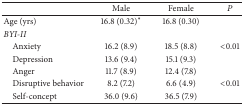
<table><thead><tr><td><b> </b></td><td><b>Male</b></td><td><b>Female</b></td><td><b><i>P</i></b></td></tr></thead><tbody><tr><td>Age (yrs)</td><td>16.8 (0.32)<sup><i>∗</i></sup></td><td>16.8 (0.30)</td><td> </td></tr><tr><td><i>BYI-II </i></td><td> </td><td> </td><td> </td></tr><tr><td> Anxiety</td><td>16.2 (8.9)</td><td>18.5 (8.8)</td><td>&lt;0.01</td></tr><tr><td> Depression</td><td>13.6 (9.4)</td><td>15.1 (9.3)</td><td> </td></tr><tr><td> Anger</td><td>11.7 (8.9)</td><td>12.4 (7.8)</td><td> </td></tr><tr><td> Disruptive behavior</td><td>8.2 (7.2)</td><td>6.6 (4.9)</td><td>&lt;0.01</td></tr><tr><td> Self-concept</td><td>36.0 (9.6)</td><td>36.5 (7.9)</td><td> </td></tr></tbody></table>